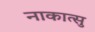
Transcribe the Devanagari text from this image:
नाकात्सु